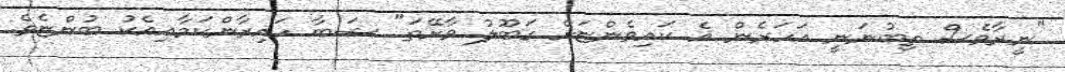
"ނީރާވެސް ތިބުނަނީ އަހަރެން އެ ކައިވެންޏަށް ގަބޫލު ވާށޭތަ" ޝަބާ ހައިރާންކަމާއިއެކު ބުންޏެވެ.